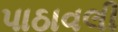
પાઠાવલી